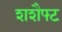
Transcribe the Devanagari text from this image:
शशैफ्ट